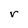
Character: r